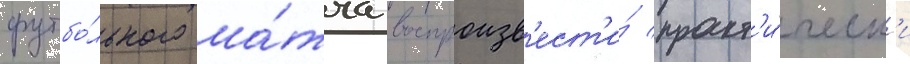
футбо́льного ма́тча воспроизв'ест'и́ практ'и́ческ'и